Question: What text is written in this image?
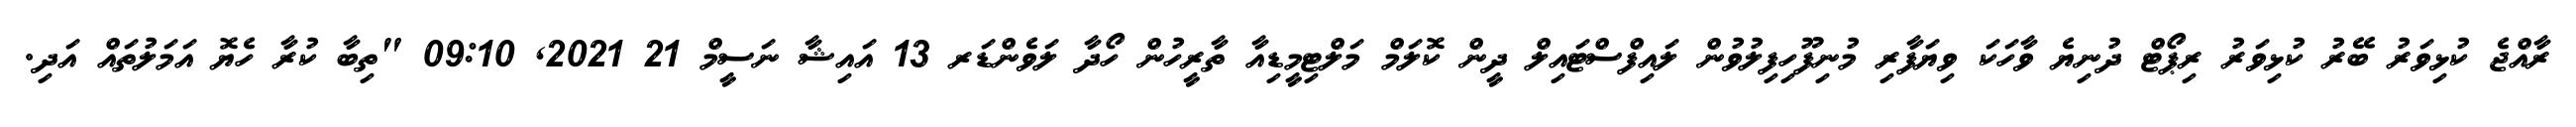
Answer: ރާއްޖެ ކުޅިވަރު ބޭރު ކުޅިވަރު ރިޕޯޓް ދުނިޔެ ވާހަކަ ވިޔަފާރި މުނިފޫހިފިލުވުން ލައިފްސްޓައިލް ދީން ކޮލަމް މަލްޓިމީޑިއާ ތާރީހުން ހޯދާ ލަވެންޑަރ 13 އައިޝާ ނަސީމް 21 2021, 09:10 "ތިބާ ކުރާ ހެޔޮ އަމަލުތައް އަދި.